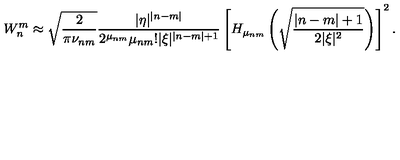
W _ { n } ^ { m } \approx \sqrt { \frac 2 { \pi \nu _ { n m } } } \frac { | \eta | ^ { | n - m | } } { 2 ^ { \mu _ { n m } } \mu _ { n m } ! | \xi | ^ { | n - m | + 1 } } \left[ H _ { \mu _ { n m } } \left( \sqrt { \frac { | n - m | + 1 } { 2 | \xi | ^ { 2 } } } \right) \right] ^ { 2 } .